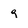
Character: 9